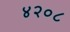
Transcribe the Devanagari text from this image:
४२०८